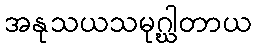
အနုသယသမုဂ္ဃါတာယ